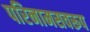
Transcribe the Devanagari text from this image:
परिनामसवरूप